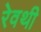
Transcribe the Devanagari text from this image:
रेवथी